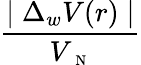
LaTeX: \frac{\mid\Delta_{w}V(r)\mid}{V_{\mathrm{~\scriptsize~N~}}}